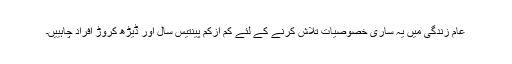
عام زندگی میں یہ ساری خصوصیات تلاش کرنے کے لئے کم ازکم پینتیس سال اور ڈیڑھ کروڑ افراد چاہییں۔